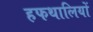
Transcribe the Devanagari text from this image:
हफथालियों